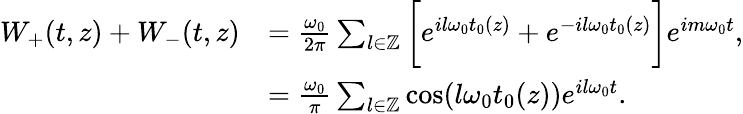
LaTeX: \begin{array}{rl}{W_{+}(t,z)+W_{-}(t,z)}&{=\frac{\omega_{0}}{2\pi}\sum_{l\in\mathbb{Z}}\bigg[e^{il\omega_{0}t_{0}(z)}+e^{-il\omega_{0}t_{0}(z)}\bigg]e^{im\omega_{0}t},}\\ &{=\frac{\omega_{0}}{\pi}\sum_{l\in\mathbb{Z}}\cos(l\omega_{0}t_{0}(z))e^{il\omega_{0}t}.}\end{array}